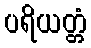
ပရိယတ္တံ